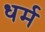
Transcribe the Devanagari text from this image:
ध्‍ार्म